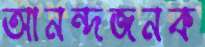
আনন্দজনক